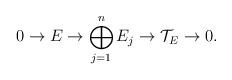
LaTeX: \begin{align*} 0 \rightarrow E \rightarrow \bigoplus_{j=1}^n E_j \rightarrow \mathcal{T}_E \rightarrow 0. \end{align*}